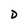
Character: D